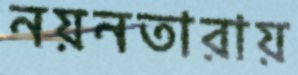
নয়নতারায়